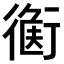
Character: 𧗻